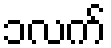
၁လက်